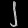
Digit: ၂